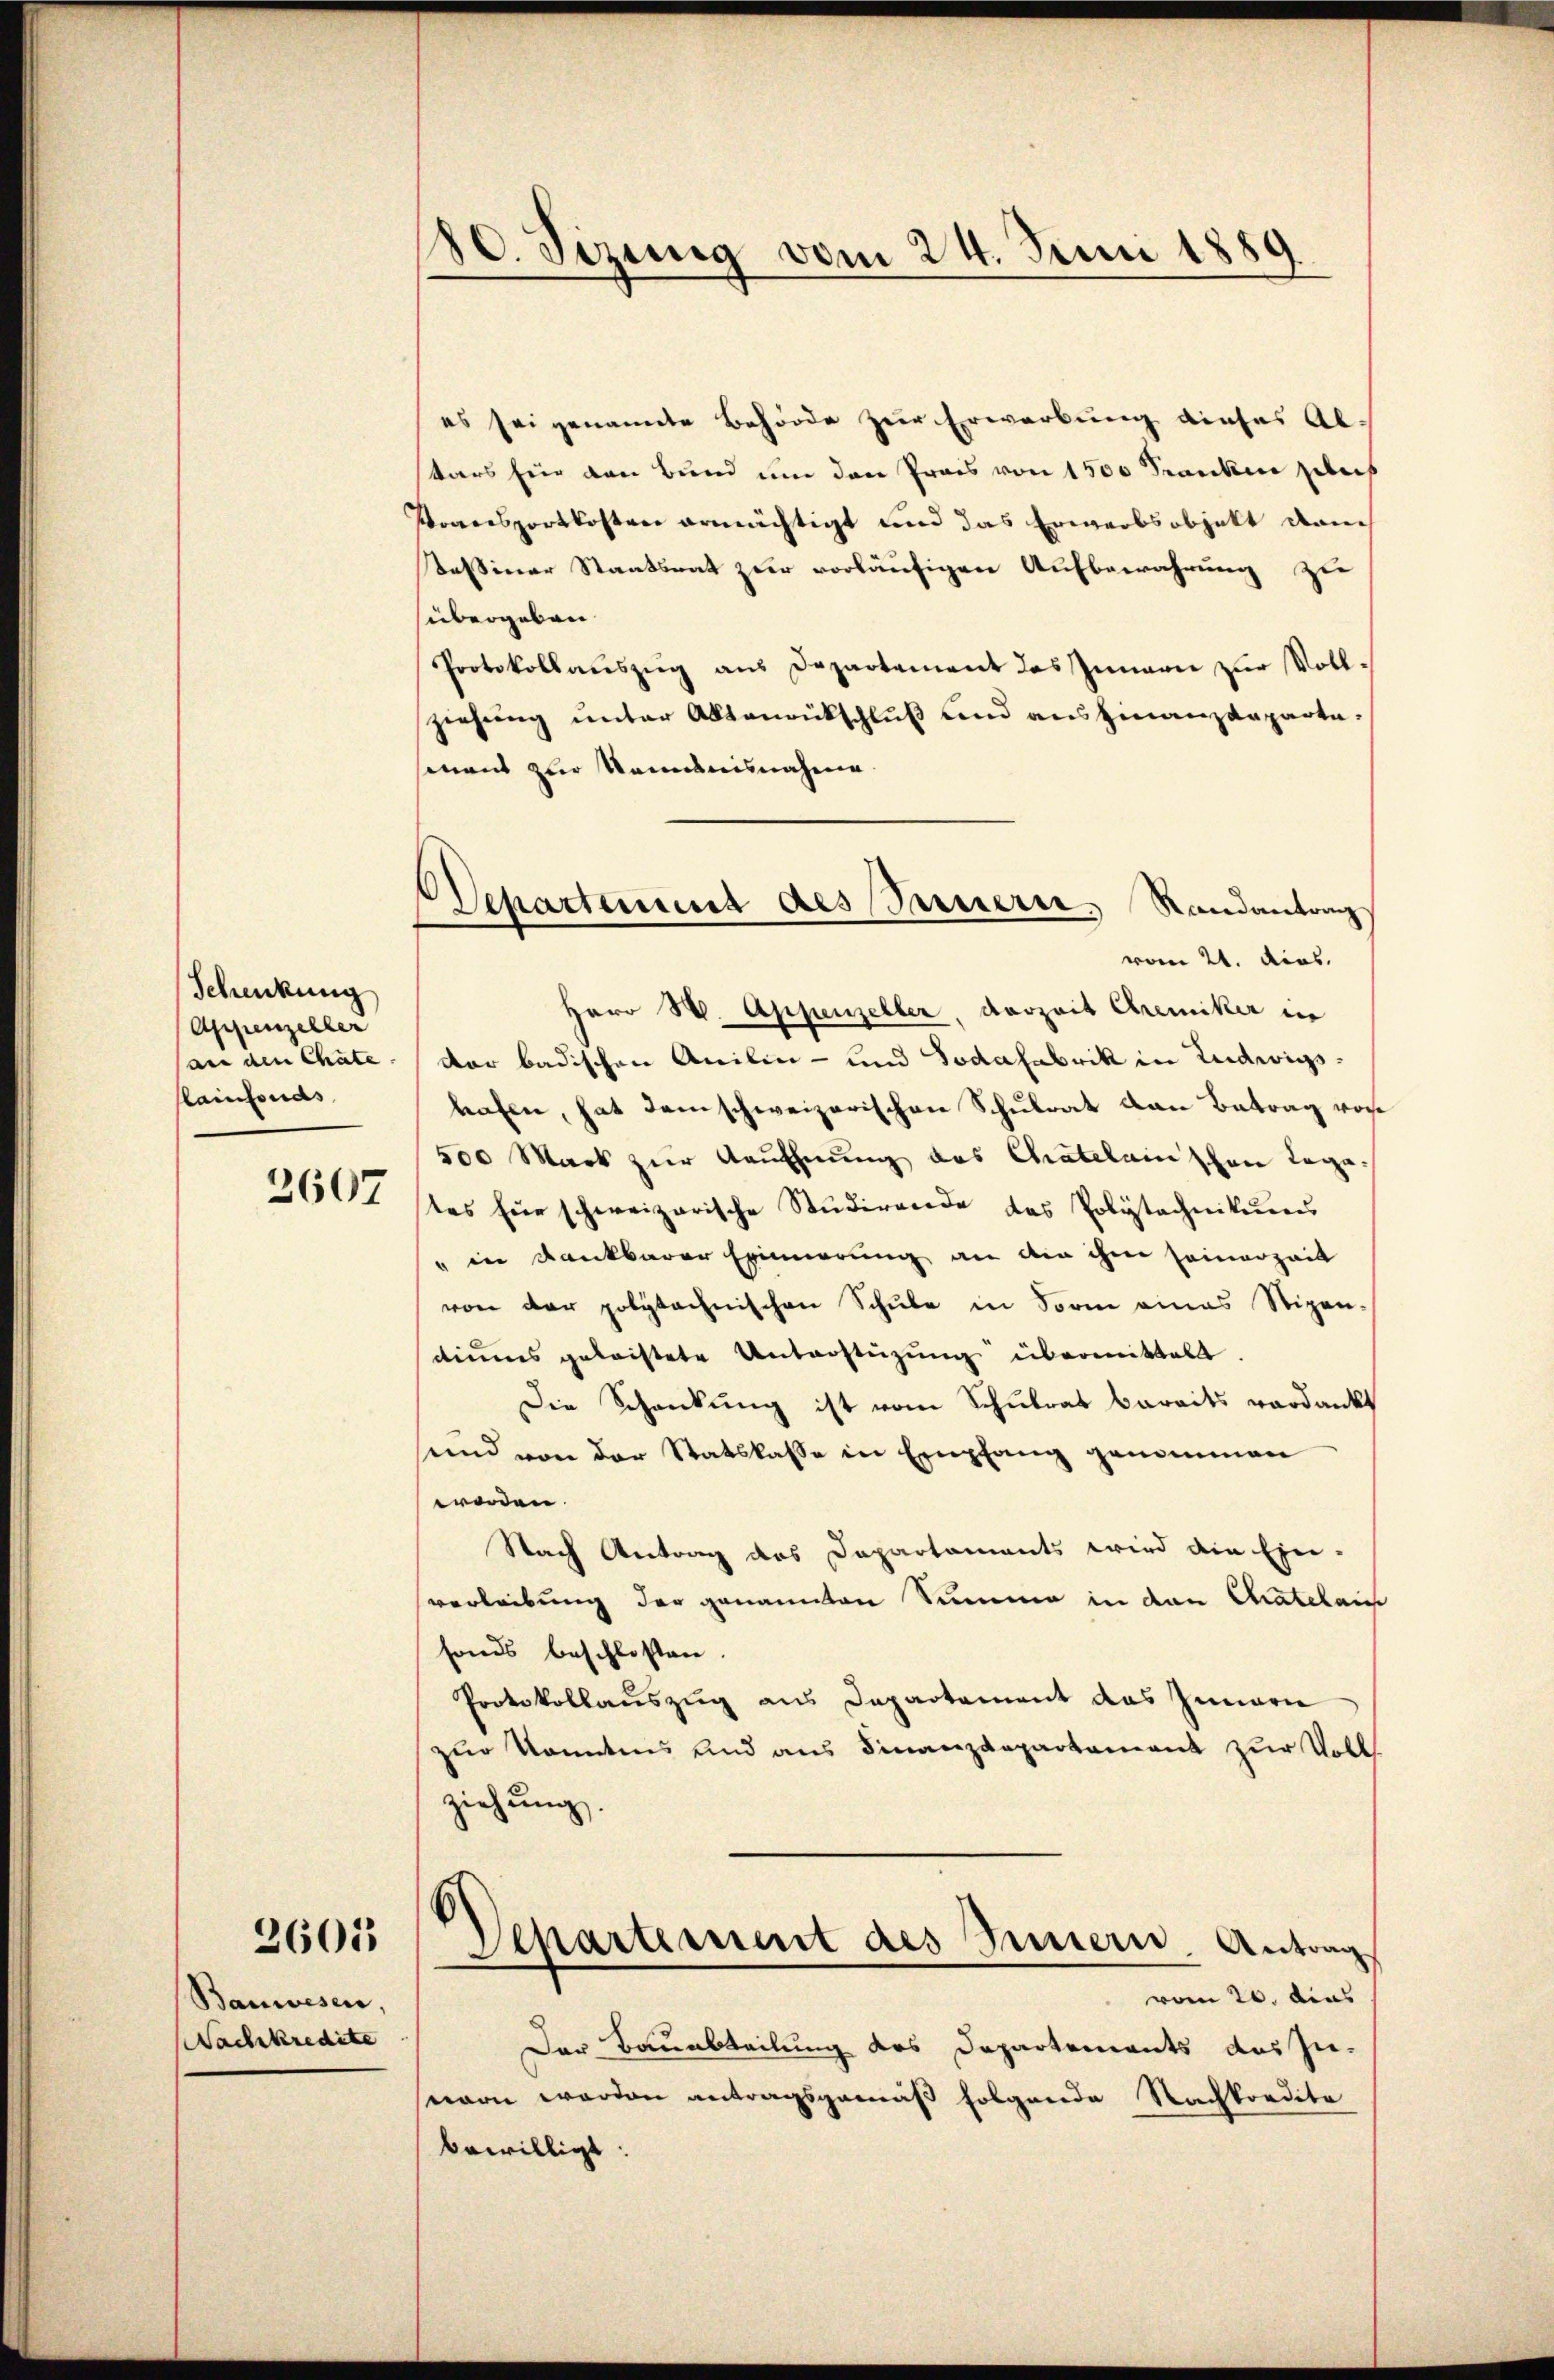
Schenkung
Appenzeller
ane den Chäte
lainfonds

2607

Bauwesen.
Wachskredite

2605

80. Sizung vom 24. Juni 1889

es sei genannte Behörde zur Erwerbung dieses Ab-
tars für den Bund um den Preis von 1500 Franken geleh
Transportkosten ermächtigt und das Erwarbsobjekt dam
Bassiner Staatsrat zur vorläufigen Aufbewahrung zu
sübergeben
Protokollaŭszŭg ans Departement das Innern zur Vollziehung unter Aktenrückschluß und aus hinanzdepartesimant zur Nominisnahme.
Herr W. Appenzeller, derzeit Chemiker in
dar badischen Anilin- und Sodafabrik in Ludwigshafen, hat dem schweizerischen Schulrat den Betrag vor¬
500 Mark zur Kaufhnung des Chatelain schon lege.
tes für schweizerische Studirende das Polytechniken
" in Dankbarer Erinnerung an die ihm seinerzeit
von der polytechnischen Schule in Form eines Stipen-
dinnes geleistete Unterstüzung übermittelt.
Die Schankung ist vom Schulrat bereits verdankt
sund von der Statskasse in Empfang genommen
worden.
Nach Antrag des Departaments wird die Ein-
verleibung der genannten Summe in den Chatelaus
fonds beschlossen.
Protokollauszug aus Departement das Innern
zur Kenntnis und aus Finanzdepartement zur Voll
ziehung.
Departement des Innern. Antrag
vom 20. das
Der Bauabteilung des Departements aus zu-
nern werden antragsgemäß folgende Nachkordite
bewilligt.

Departement des Sauern, Randantrag
vom 21. dies